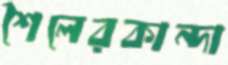
শৈলেরকান্দা